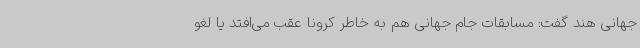
جهانی هند گفت: مسابقات جام جهانی هم به خاطر کرونا عقب می‌افتد یا لغو